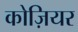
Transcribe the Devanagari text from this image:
कोज़ियर